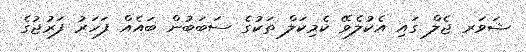
ޝަވަރ ޖެލް ގައި އެކުލެވޭ ކެމިކަލް ތަކުގެ ސަބަބުން ބައެއް ފަހަރު ފަރުޖުގެ